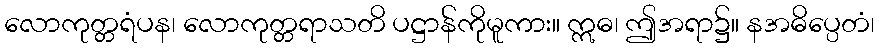
လောကုတ္တရံပန၊ လောကုတ္တရာသတိ ပဋ္ဌာန်ကိုမူကား။ ဣဓ၊ ဤအရာ၌။ နအဓိပ္ပေတံ၊